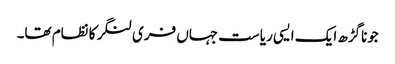
جوناگڑھ ایک ایسی ریاست جہاں فری لنگر کا نظام تھا۔